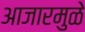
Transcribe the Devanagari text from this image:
आजारमुळे